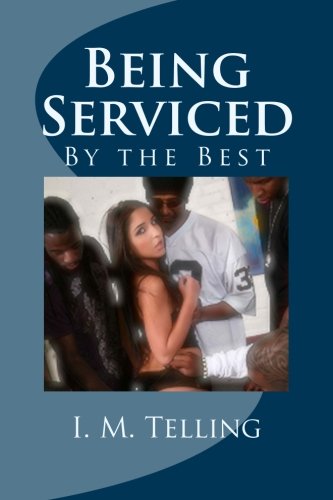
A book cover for Being Serviced by the Best; I. M. Telling; Romance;